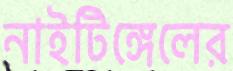
নাইটিঙ্গেলের